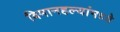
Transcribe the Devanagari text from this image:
विमानहल्यांमध्ये